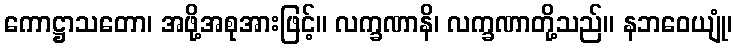
ကောဋ္ဌာသတော၊ အဖို့အစုအားဖြင့်။ လက္ခဏာနိ၊ လက္ခဏာတို့သည်။ နဘဝေယျုံ၊